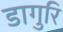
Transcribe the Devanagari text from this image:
डागुरि